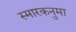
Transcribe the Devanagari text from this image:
स्मारकनुमा